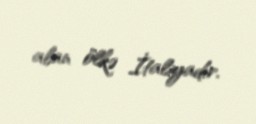
alan ölkə İtaliyadır.